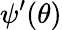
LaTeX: \psi^{\prime}(\theta)